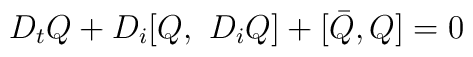
D_{t} Q+D_i [Q,~D_i Q]+[\bar Q,Q]=0